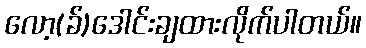
လော့(ခ်)ဒေါင်းချထားလိုက်ပါတယ်။